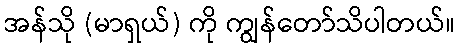
အန်သို (မာရှယ်) ကို ကျွန်တော်သိပါတယ်။